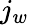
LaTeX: j_{w}